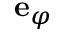
{ \bf e } _ { \varphi }